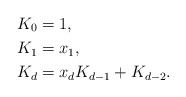
\begin{align*} K_0 &= 1,\\ K_1 &=x_1,\\ K_d &=x_dK_{d-1}+K_{d-2}. \end{align*}